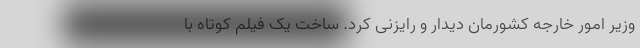
وزیر امور خارجه کشورمان دیدار و رایزنی کرد. ساخت یک فیلم کوتاه با